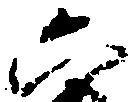
六